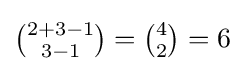
{\tbinom {2+3-1}{3-1}}={\tbinom {4}{2}}=6